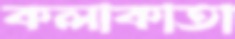
কলাকাতা